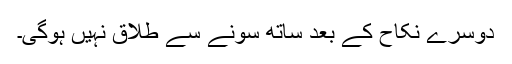
دوسرے نکاح کے بعد ساتھ سونے سے طلاق نہیں ہوگی۔